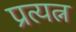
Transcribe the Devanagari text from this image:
प्रत्यत्न